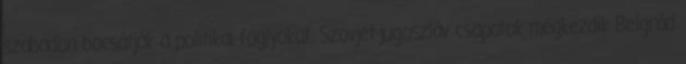
szabadon bocsátják a politikai foglyokat. Szovjet-jugoszláv csapatok megkezdik Belgrád